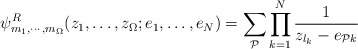
\begin{align*}\psi_{m_1, \cdots, m_{\Omega}}^R ( z_1, \dots, z_\Omega;e_1, \dots, e_N) = \sum_{\cal P} \prod_{k=1}^{N} \frac{1}{ z_{l_k} - e_{{\cal P}k} } \end{align*}